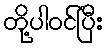
တို့ပါဝင်ပြီး